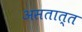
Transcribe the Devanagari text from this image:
असतात्त